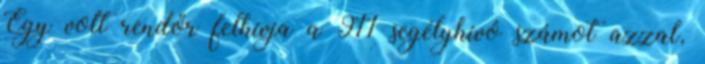
Egy volt rendőr felhívja a 911 segélyhívó számot azzal,